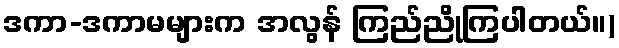
ဒကာ-ဒကာမများက အလွန် ကြည်ညိုကြပါတယ်။)